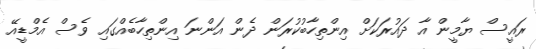
ރައީސް ޔާމީން އާ ދައުރަކަށް އިންތިހާބުކުރަން ދެން އަންނަ އިންތިހާބެއްގައި ވެސް އެމްޑީއޭ